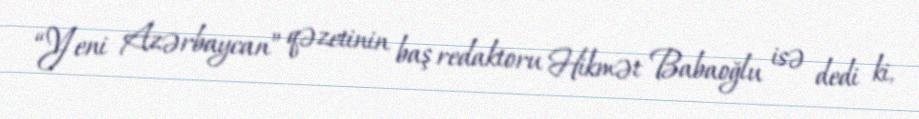
“Yeni Azərbaycan” qəzetinin baş redaktoru Hikmət Babaoğlu isə dedi ki,